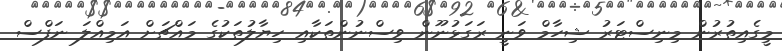
މީގެއިތުރުން މިނިސްޓަރު ޝިހާމް ވަނީ ރަގަޅުނޫން ވިސްނުންތަކާއި ހިޔާލުތަކުގެ މައްޗަށް އަމިއްލަ ނަފްސް